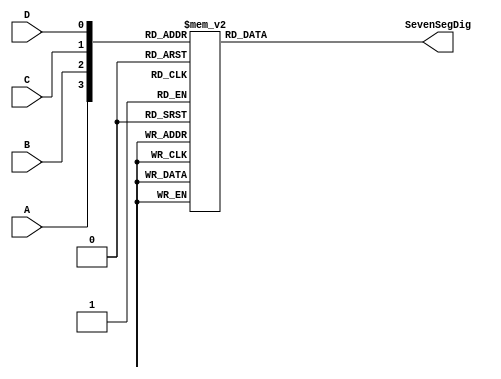
module SevenSegDriver(
    input wire A, B, C, D,
    output reg [7:0] SevenSegDig
);

always @(A,B,C,D) begin
    case ({A,B,C,D})
        4'b0000: SevenSegDig = 8'b00111111; // Display 0
        4'b0001: SevenSegDig = 8'b00000110; // Display 1
        4'b0010: SevenSegDig = 8'b01011011; // Display 2
        4'b0011: SevenSegDig = 8'b01001111; // Display 3
        4'b0100: SevenSegDig = 8'b01100110; // Display 4
        4'b0101: SevenSegDig = 8'b01101101; // Display 5
        4'b0110: SevenSegDig = 8'b01111101; // Display 6
        4'b0111: SevenSegDig = 8'b00000111; // Display 7
        4'b1000: SevenSegDig = 8'b01111111; // Display 8
        4'b1001: SevenSegDig = 8'b01101111; // Display 9
        4'b1010: SevenSegDig = 8'b01110111; // Display A
        4'b1011: SevenSegDig = 8'b01111100; // Display B
        4'b1100: SevenSegDig = 8'b00111001; // Display C
        4'b1101: SevenSegDig = 8'b01011110; // Display D
        4'b1110: SevenSegDig = 8'b01111001; // Display E
        4'b1111: SevenSegDig = 8'b01110001; // Display F
    endcase
end

endmodule


module Top(
    input [7:0] Value,
    output [7:0] SevenSegDig1,
    output [7:0] SevenSegDig2
);

SevenSegDriver Unit0(Value[7], Value[6], Value[5], Value[4], SevenSegDig1);
SevenSegDriver Unit1(Value[3], Value[2], Value[1], Value[0], SevenSegDig2);

endmodule